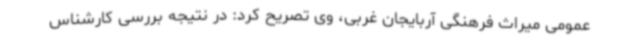
عمومی میراث فرهنگی آربایجان غربی، وی تصریح کرد: در نتیجه بررسی کارشناس